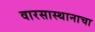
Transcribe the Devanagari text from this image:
वारसास्थानाचा